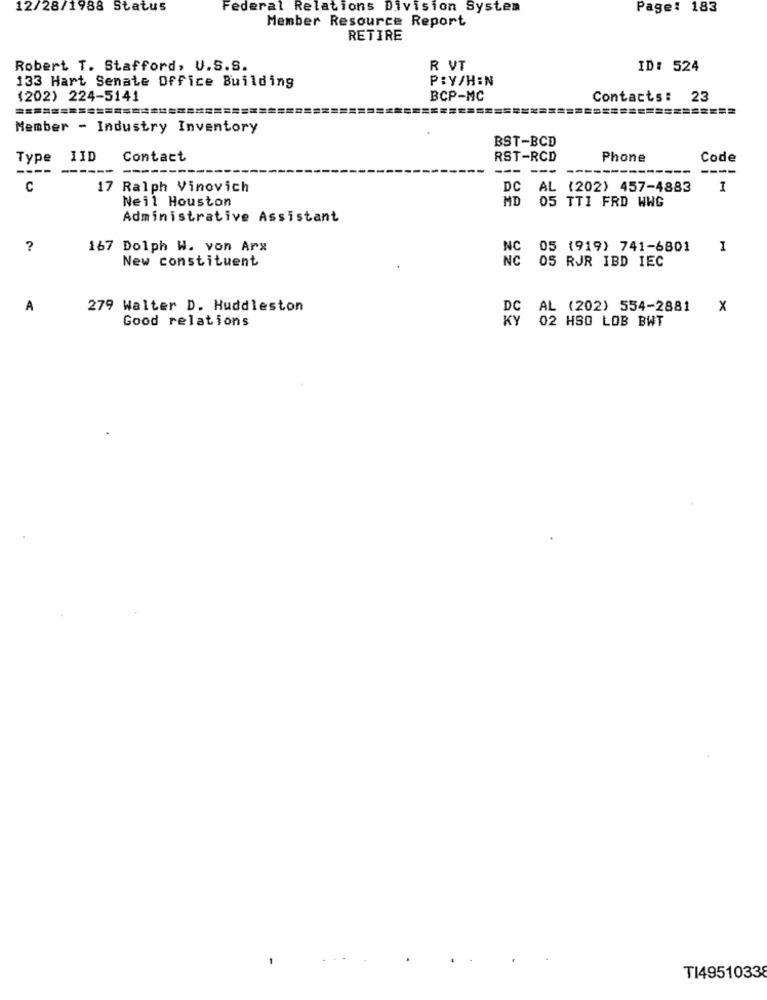
12/28/1988 Status
Federal Relations Division System
Page: 183
Member Resource Report
RETIRE
Robert T. Stafford, U.S.S.
R VT
ID: 524
133 Hart Senate Office Building
PRY/HIN
(202) 224-5141
BCP-MC
Contacts: 23
Member - Industry Inventory
BST-BCD
Type
IID
Contact
RST-RCD
Phone
Code
----
---
--- -- ---
----
C
17 Ralph Vinovich
DC AL (202) 457-4883
1
Neil Houston
MD 05 TTI FRD WWG
Administrative Assistant
167 Dolph W. von Arx
NC
05 (919) 741-6801
1
New constituent
NC
05 RJR IBD IEC
A
279 Walter D. Huddleston
DC AL (202) 554-2881
x
Good relations
KY
02 HSO LOB BWT
T149510338